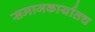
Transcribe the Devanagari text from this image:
समाजकार्यातच